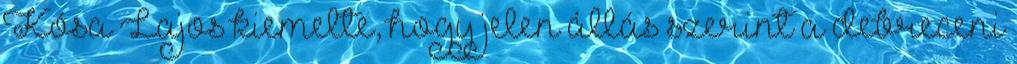
Kósa Lajos kiemelte, hogy jelen állás szerint a debreceni